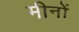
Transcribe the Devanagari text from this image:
मीनों